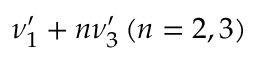
\nu _ { 1 } ^ { \prime } + n \nu _ { 3 } ^ { \prime } \, ( n = 2 , 3 )